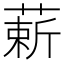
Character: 𫉈